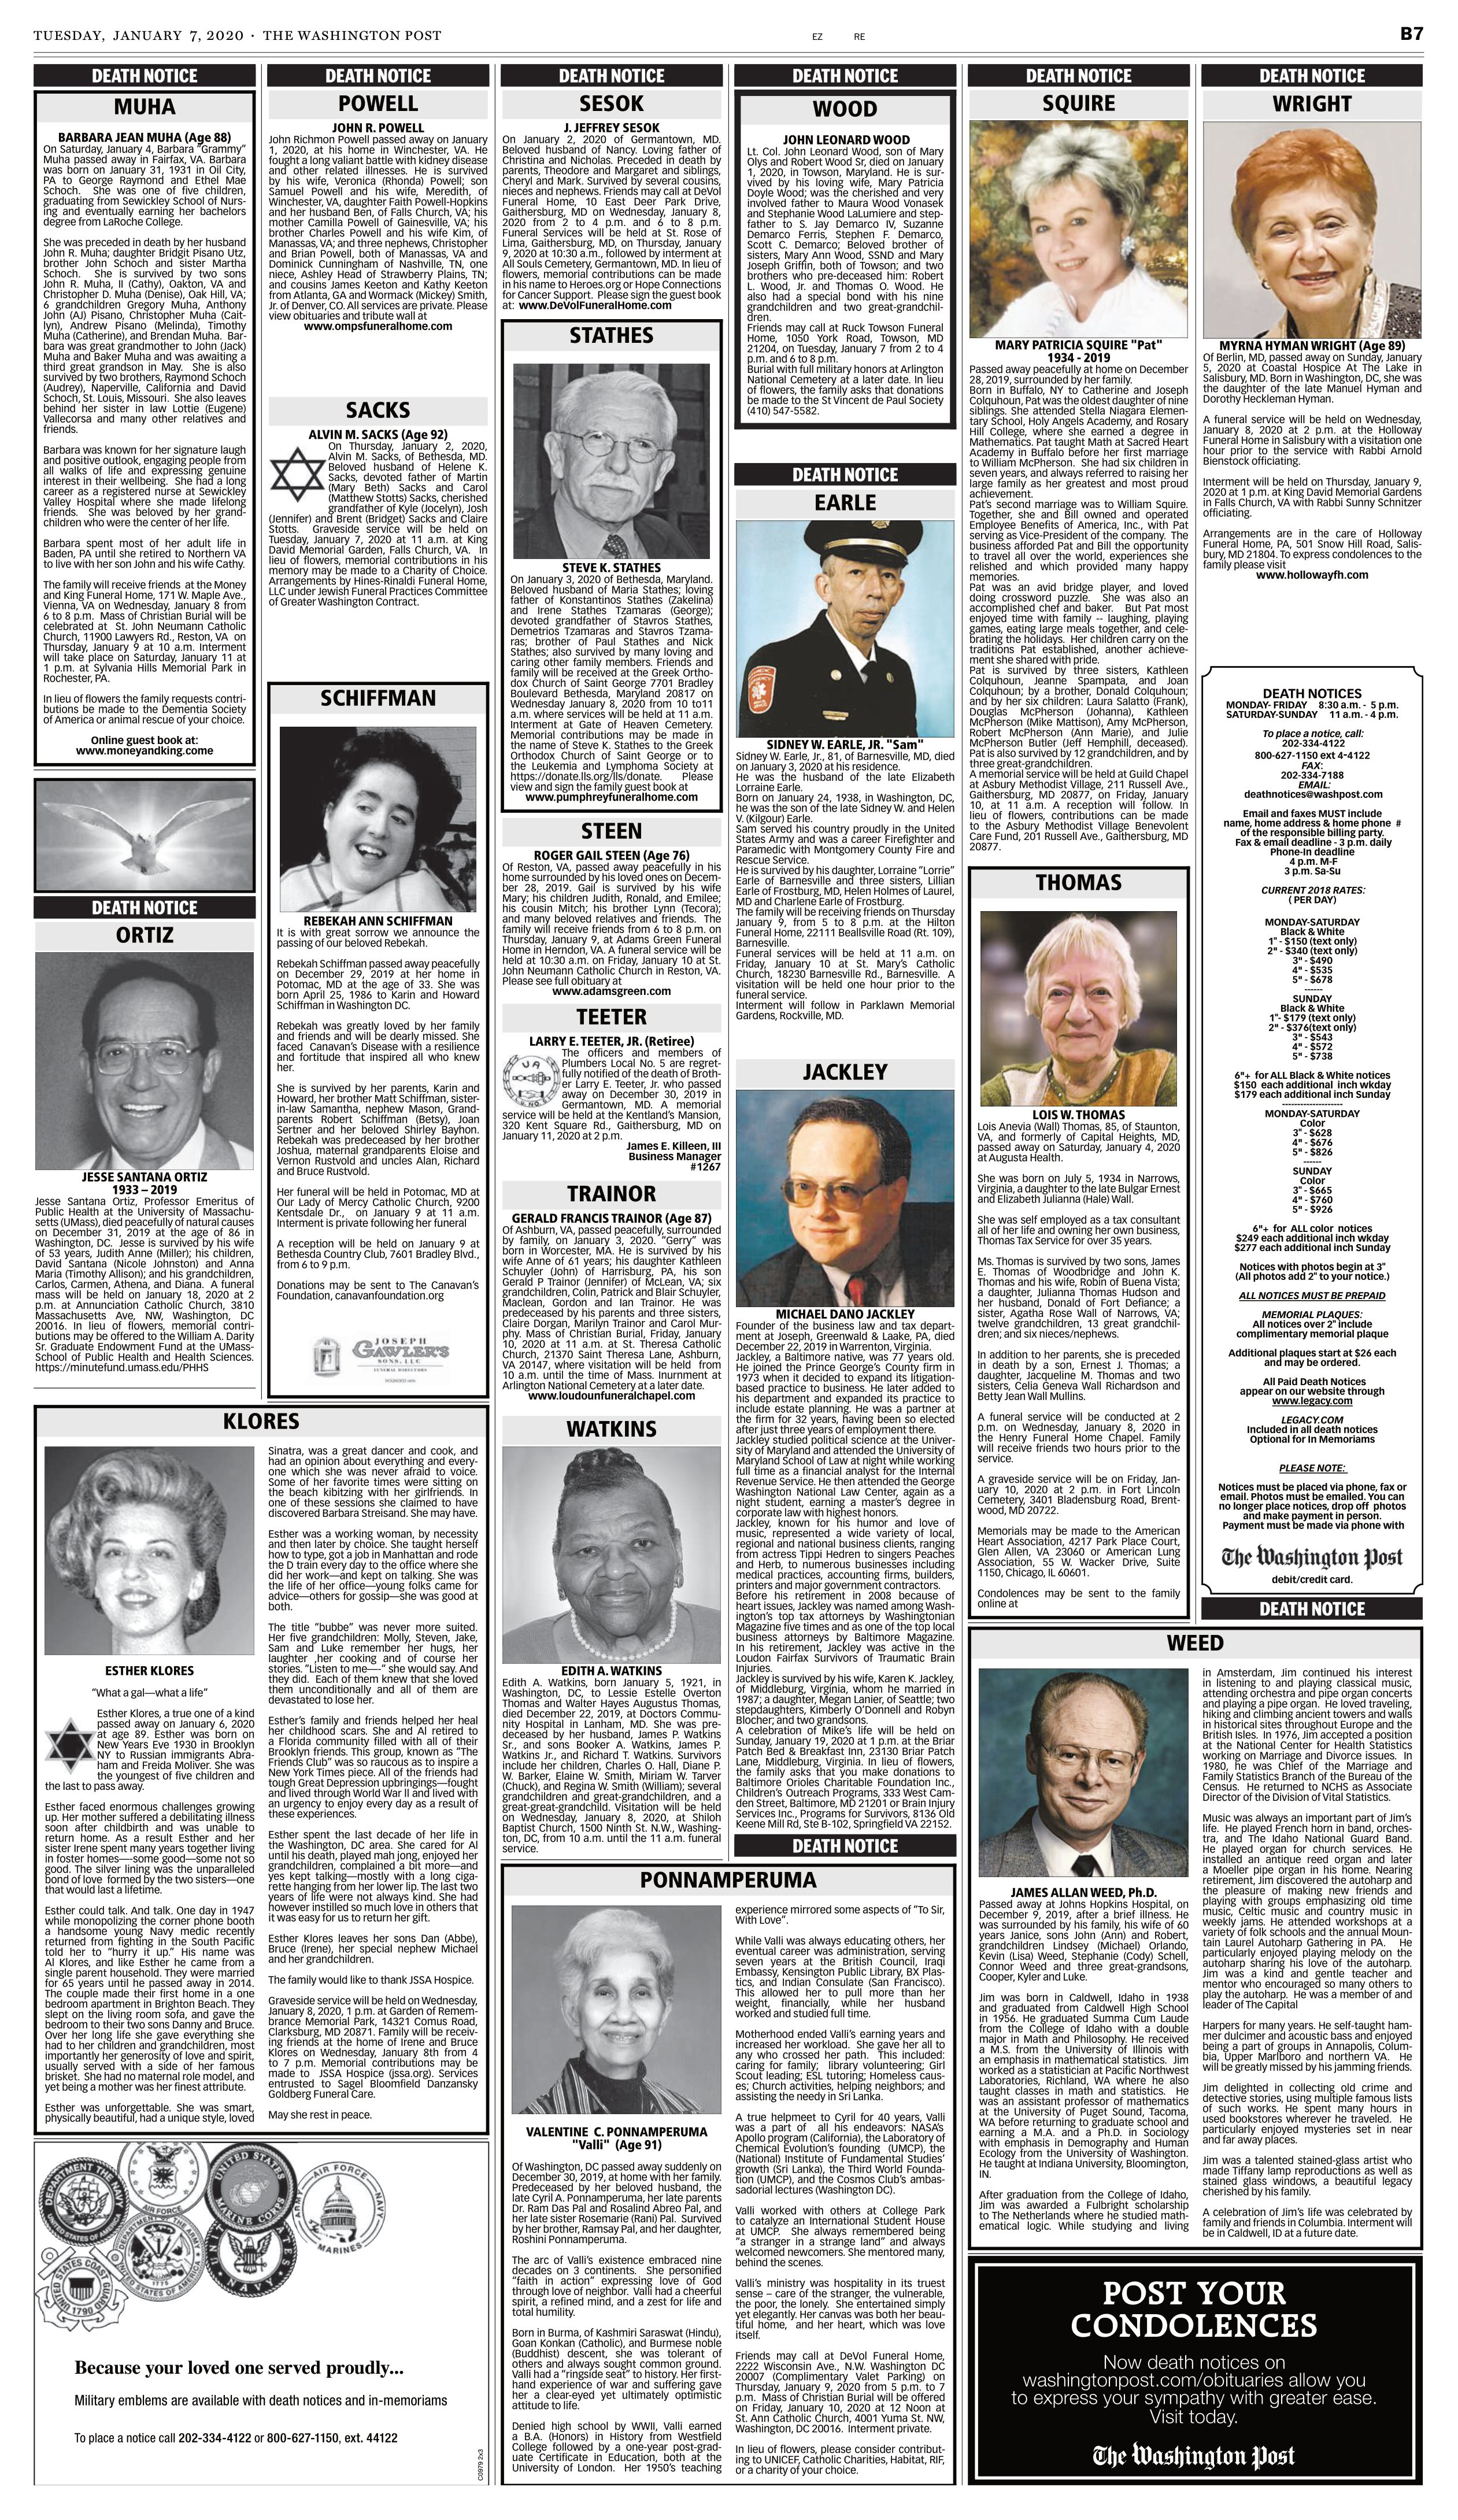
Language: en